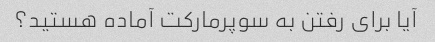
آیا برای رفتن به سوپرمارکت آماده هستید؟